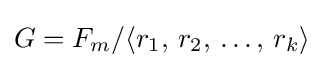
G=F_{m}/\langle r_{1},\,r_{2},\,\ldots ,\,r_{k}\rangle